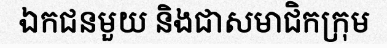
ឯកជនមួយ និងជាសមាជិកក្រុម